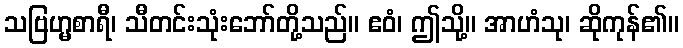
သဗြဟ္မစာရီ၊ သီတင်းသုံးဘော်တို့သည်။ ဧဝံ၊ ဤသို့။ အာဟံသု၊ ဆိုကုန်၏။